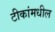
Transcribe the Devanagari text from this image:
टीकांमधील